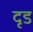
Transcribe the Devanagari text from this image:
दृड